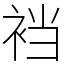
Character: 裆